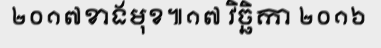
២០១៧ខាងមុខ៕១៧ វិច្ឆិកា ២០១៦